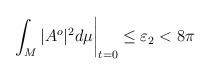
LaTeX: \begin{align*}\int_M|A^o|^2d\mu\bigg|_{t=0} \le \varepsilon_2 < 8\pi\end{align*}